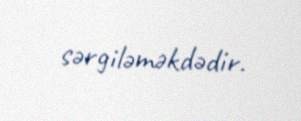
sərgiləməkdədir.